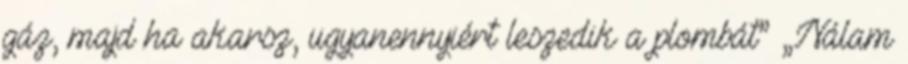
gáz, majd ha akarsz, ugyanennyiért leszedik a plombát” „Nálam